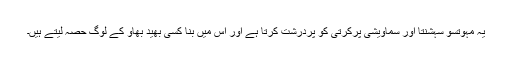
یہ مہوتسو سہشنتا اور سماویشی پرکرتی کو پردرشت کرتا ہے اور اس میں بنا کسی بھید بھاو کے لوگ حصہ لیتے ہیں۔